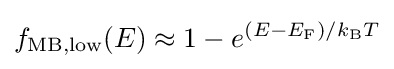
f_{\text{MB,low}}(E)\approx 1-e^{(E-E_{\text{F}})/k_{\text{B}}T}